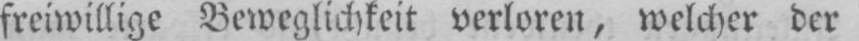
freiwillige Beweglichkeit verloren, welcher der